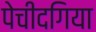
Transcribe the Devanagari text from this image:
पेचीदगिया